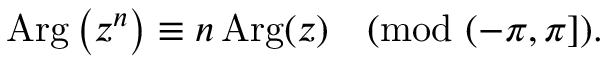
\operatorname { A r g } \left( z ^ { n } \right) \equiv n \operatorname { A r g } ( z ) { \pmod { ( - \pi , \pi ] } } .